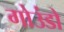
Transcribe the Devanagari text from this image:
गोउंडो